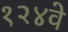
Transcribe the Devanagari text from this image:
१२४वे